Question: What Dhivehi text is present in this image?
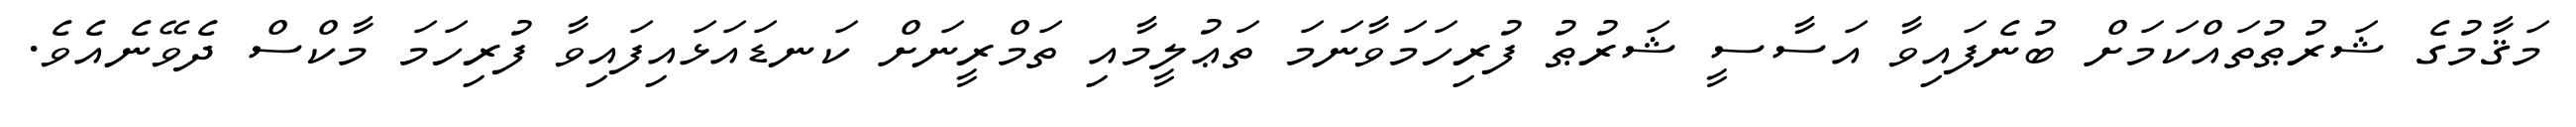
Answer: މަޤާމުގެ ޝަރުޠުތައްކަމަށް ބުނެފައިވާ އަސާސީ ޝަރުޠު ފުރިހަމަވާނަމަ ތަޢުލީމާއި ތަމްރީނަށް ކަނޑައަޅައިފައިވާ ފުރިހަމަ މާކްސް ދެވޭނެއެވެ.